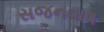
સજનવાવ